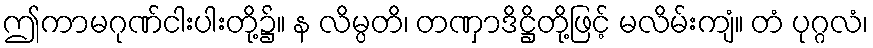
ဤကာမဂုဏ်ငါးပါးတို့၌။ န လိမ္ပတိ၊ တဏှာဒိဋ္ဌိတို့ဖြင့် မလိမ်းကျံ။ တံ ပုဂ္ဂလံ၊